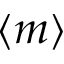
\langle m \rangle